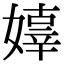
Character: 嫴